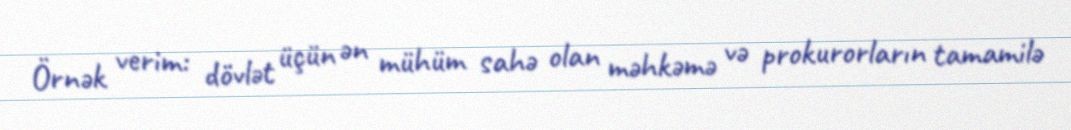
Örnək verim: dövlət üçün ən mühüm sahə olan məhkəmə və prokurorların tamamilə